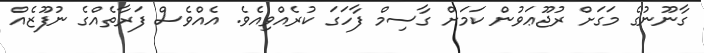
ގާނޫނުގެ މަގަށް ރުޖޫޢަވުން ކަމަށް ގާސިމް ފާހަގަ ކުރެއްވިއެވެ. އެއްވެސް ފަރާތެއްގެ ނުފޫޒެއް